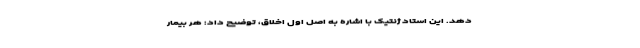
دهد. این استاد ژنتیک با اشاره به اصل اول اخلاق، توضیح داد: هر بیمار